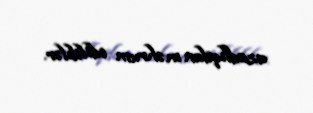
azadlıqdan məhrum ediliblər.